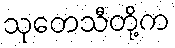
သုတေသီတို့က